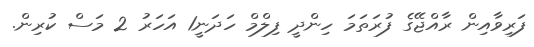
ފަރިވާއިން ރާއްޖޭގެ ފުރަތަމަ ހިންދީ ފިލްމް ހަދަނީ1 އަހަރު 2 މަސް ކުރިން.